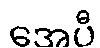
အေပီ